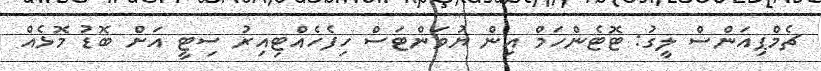
ޗެމްޕިއަންސް ލީގު: ޓޮޓެންހަމް އިން ޔުވަންޓަސް ހިފެހެއްޓިއިރު ސިޓީ އަށް ބޮޑު މޮޅެއް